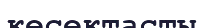
кесектасты